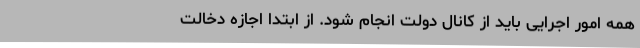
همه امور اجرایی باید از کانال دولت انجام شود. از ابتدا اجازه دخالت